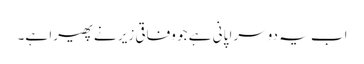
اب یہ دوسرا پانی ہے جو وفاقی زیر نے پھیرا ہے۔